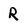
Character: R